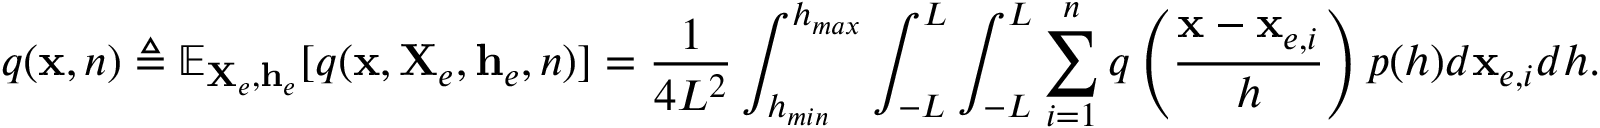
q ( \mathbf { x } , n ) \triangleq \mathbb { E } _ { \mathbf { X } _ { e } , \mathbf { h } _ { e } } [ q ( \mathbf { x } , \mathbf { X } _ { e } , \mathbf { h } _ { e } , n ) ] = \frac { 1 } { 4 L ^ { 2 } } \int _ { h _ { m i n } } ^ { h _ { m a x } } \int _ { - L } ^ { L } \int _ { - L } ^ { L } \sum _ { i = 1 } ^ { n } q \left( \frac { \mathbf { x } - \mathbf { x } _ { e , i } } { h } \right) p ( h ) d \mathbf { x } _ { e , i } d h .